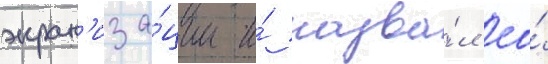
экран'иза́ции и́ назва́л ео́